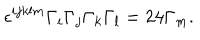
\epsilon ^ { i j k l m } \Gamma _ { i } \Gamma _ { j } \Gamma _ { k } \Gamma _ { l } = 2 4 \Gamma _ { m } .